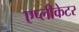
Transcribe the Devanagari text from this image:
एप्लीकेटर